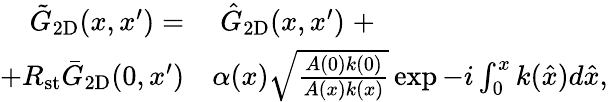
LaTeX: \begin{array}{rl}{\tilde{G}_{\mathrm{2D}}(x,x^{\prime})=}&{{}\; \hat{G}_{\mathrm{2D}}(x,x^{\prime})\; +}\\ {+R_{\mathrm{st}}\bar{G}_{\mathrm{2D}}(0,x^{\prime})}&{{}\alpha(x)\sqrt{\frac{A(0)k(0)}{A(x)k(x)}}\exp{-i\int_{0}^{x}k(\hat{x})d\hat{x}},}\end{array}